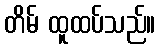
တိမ် ထူထပ်သည်။